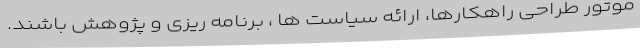
موتور طراحی راهکارها، ارائه سیاست ها ، برنامه ریزی و پژوهش باشند.